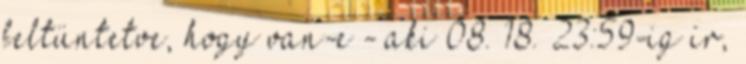
feltüntetve, hogy van-e - aki 08. 18. 23:59-ig ír,